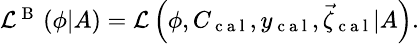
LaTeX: \begin{array}{r}{\small\mathcal{L}^{\mathrm{~B~}}\left(\phi|A\right)=\mathcal{L}\left(\phi,C_{\mathrm{~c~a~l~}},y_{\mathrm{~c~a~l~}},\vec{\zeta}_{\mathrm{~c~a~l~}}|A\right).}\end{array}